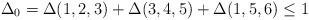
LaTeX: \begin{align*}\Delta_0=\Delta(1,2,3)+ \Delta(3,4,5)+ \Delta(1,5,6)\le 1\end{align*}